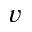
v